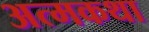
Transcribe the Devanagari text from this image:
अत्मकथा